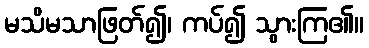
မသိမသာဖြတ်၍၊ ကပ်၍ သွားကြ၏။